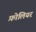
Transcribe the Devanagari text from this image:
फ़ोलियर